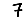
Digit: 7